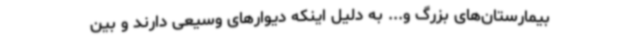
بیمارستان‌های بزرگ و... به دلیل اینکه دیوارهای وسیعی دارند و بین